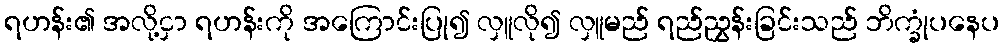
ရဟန်း၏ အလို့ငှာ ရဟန်းကို အကြောင်းပြု၍ လှူလို၍ လှူမည် ရည်ညွှန်းခြင်းသည် ဘိက္ခုံပနေပ